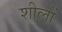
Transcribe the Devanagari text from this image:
शीलों